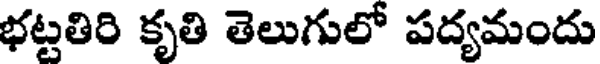
భట్టతిరి కృతి తెలుగులో పద్యమందు